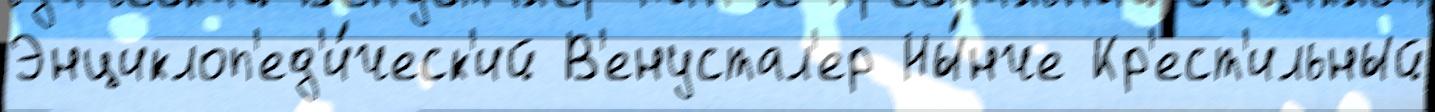
Энциклоп'ед'и́ческ'ий В'енустал'ер Ны́нче Кр'ест'ильный